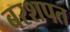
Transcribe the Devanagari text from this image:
बरशपत